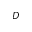
{ \cal D }